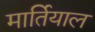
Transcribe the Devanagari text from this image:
मार्तियाल